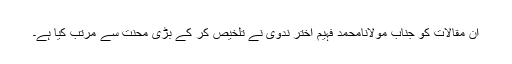
ان مقالات کو جناب مولانامحمد فہیم اختر ندوی نے تلخیص کر کے بڑی محنت سے مرتب کیا ہے۔